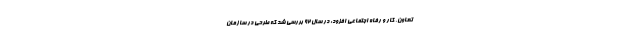
تعاون، کار و رفاه اجتماعی افزود: در سال ۹۲ بررسی شد که طرحی در سازمان